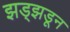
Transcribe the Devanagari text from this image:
झड्झडून